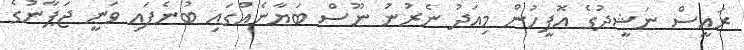
ރައީސް ނަޝީދުގެ އޮފީހުން މިއަދު ނެރުނު ނޫސް ބަޔާނެއްގައި ބުނެފައި ވަނީ ޖަޕާނުގެ